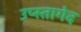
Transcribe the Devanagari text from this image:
उप्स्तागेद